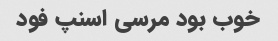
خوب بود مرسی اسنپ فود